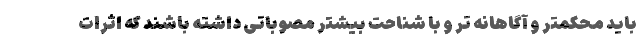
باید محکمتر و آگاهانه تر و با شناحت بیشتر مصوباتی داشته باشند که اثرات